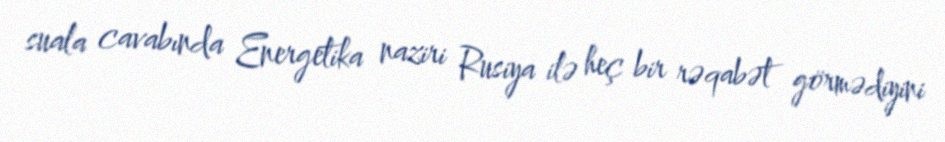
suala cavabında Energetika naziri Rusiya ilə heç bir rəqabət görmədiyini